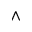
\wedge